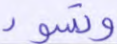
وتسود